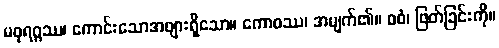
မဓုရဂ္ဂဿ၊ ကောင်းသောအဖျားရှိသော။ ကောဓဿ၊ အမျက်၏။ ဝဓံ၊ ဖြတ်ခြင်းကို။